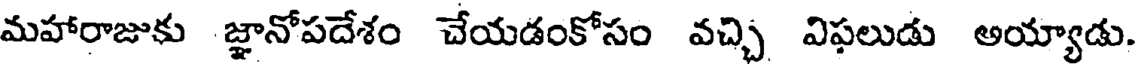
మహారాజుకు జ్ఞానోపదేశం చేయడంకోసం వచ్చి విఫలుడు అయ్యాడు.